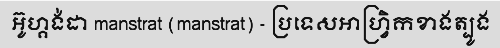
អ៊ូហ្គង់ដា manstrat (manstrat) - ប្រទេសអាហ្វ្រិកខាងត្បូង